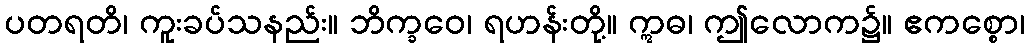
ပတရတိ၊ ကူးခပ်သနည်း။ ဘိက္ခဝေ၊ ရဟန်းတို့။ ဣဓ၊ ဤလောက၌။ ဧကစ္စော၊